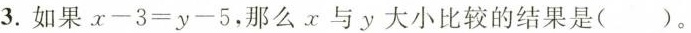
3.如果$$x - 3 = y - 5$$,那么x与y大小比较的结果是( )。